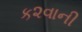
ક૨વાની